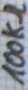
Text: 100KΩ